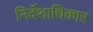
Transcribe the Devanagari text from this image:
निर्देशाधिकार